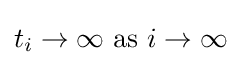
t_{i}\to \infty {\text{ as }}i\to \infty